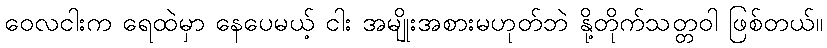
ဝေလငါးက ရေထဲမှာ နေပေမယ့် ငါး အမျိုးအစားမဟုတ်ဘဲ နို့တိုက်သတ္တဝါ ဖြစ်တယ်။